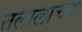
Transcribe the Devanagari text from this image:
तलालाचा